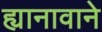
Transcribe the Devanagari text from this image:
ह्यानावाने